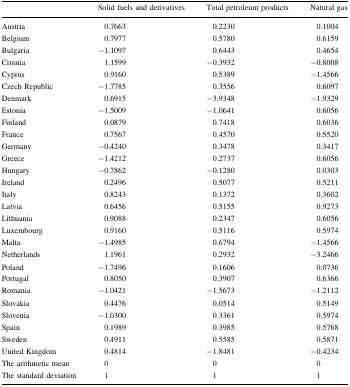
|  | Solid fuels and derivatives | Total petroleum products | Natural gas |
 | --- | --- | --- | --- |
 | Austria | 0.7663 | 0.2230 | 0.1004 |
 | Belgium | 0.7977 | 0.5780 | 0.6159 |
 | Bulgaria | −1.1097 | 0.6443 | 0.4654 |
 | Croatia | 1.1599 | −0.3932 | −0.8008 |
 | Cyprus | 0.9160 | 0.5389 | −1.4566 |
 | Czech Republic | −1.7785 | 0.3556 | 0.6097 |
 | Denmark | 0.6915 | −3.9348 | −1.9329 |
 | Estonia | −1.5009 | −1.0641 | 0.6056 |
 | Finland | 0.0879 | 0.7418 | 0.6036 |
 | France | 0.7567 | 0.4570 | 0.5520 |
 | Germany | −0.4240 | 0.3478 | 0.3417 |
 | Greece | −1.4212 | 0.2737 | 0.6056 |
 | Hungary | −0.7862 | −0.1280 | 0.0303 |
 | Ireland | 0.2496 | 0.5077 | 0.5211 |
 | Italy | 0.8243 | 0.1372 | 0.3602 |
 | Latvia | 0.6456 | 0.5155 | 0.9273 |
 | Lithuania | 0.9088 | 0.2347 | 0.6056 |
 | Luxembourg | 0.9160 | 0.5116 | 0.5974 |
 | Malta | −1.4985 | 0.6794 | −1.4566 |
 | Netherlands | 1.1961 | 0.2932 | −3.2466 |
 | Poland | −1.7496 | 0.1606 | 0.0736 |
 | Portugal | 0.8050 | 0.3907 | 0.6366 |
 | Romania | −1.0421 | −1.5673 | −1.2112 |
 | Slovakia | 0.4476 | 0.0514 | 0.5149 |
 | Slovenia | −1.0300 | 0.3361 | 0.5974 |
 | Spain | 0.1989 | 0.3985 | 0.5768 |
 | Sweden | 0.4911 | 0.5585 | 0.5871 |
 | United Kingdom | 0.4814 | −1.8481 | −0.4234 |
 | The arithmetic mean | 0 | 0 | 0 |
 | The standard deviation | 1 | 1 | 1 |